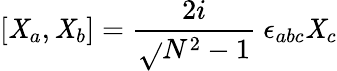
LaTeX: [\mathit{X}_{a},\mathit{X}_{b}]=\frac{{2i}}{{\sqrt{}{{N^{2}-1}}}}\ \epsilon_{abc}\mathit{X}_{c}